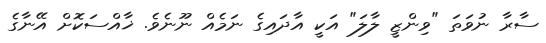
ސާރާ ނުވަތަ "ވިންޒީ ލާލަ" އަކީ އާދައިގެ ނަމެއް ނޫނެވެ. ޚާއްސަކޮށް އޭނާގެ